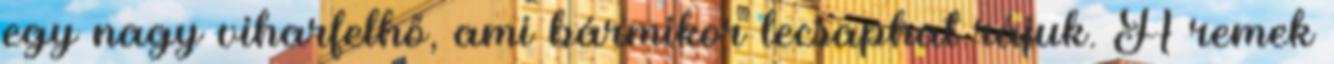
egy nagy viharfelhő, ami bármikor lecsaphat rájuk. A remek